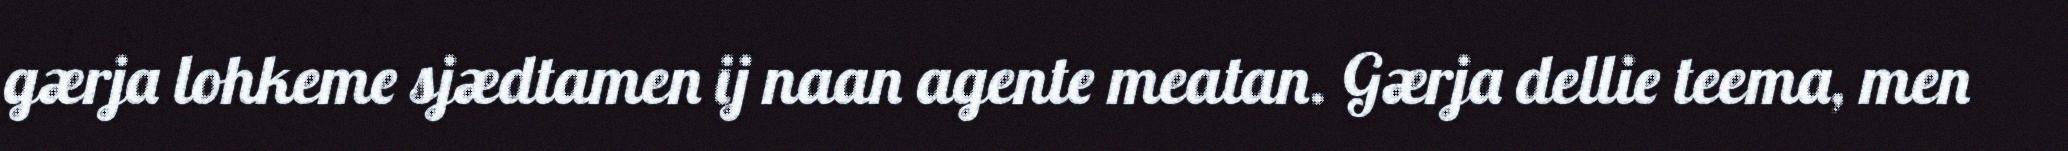
gærja lohkeme sjædtamen ij naan agente meatan. Gærja dellie teema, men